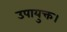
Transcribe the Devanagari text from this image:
उपायुक्त।